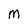
Character: m